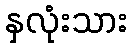
နှလုံးသား